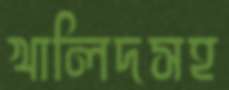
খালিদসহ